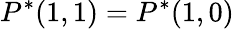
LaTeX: P^{*}(1,1)=P^{*}(1,0)